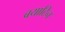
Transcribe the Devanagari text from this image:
बयाटिन